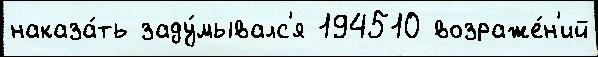
наказа́ть заду́мывалс'я 194510 возраже́н'ий